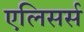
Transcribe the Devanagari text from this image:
एलिसर्स